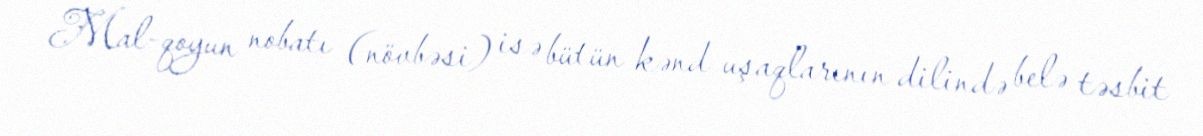
Mal-qoyun nobatı (növbəsi) isə bütün kənd uşaqlarının dilində belə təsbit